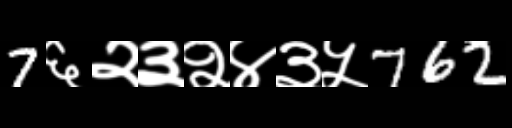
Text: 7६२३२४३५762